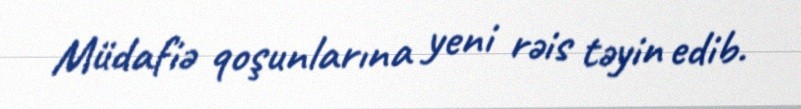
Müdafiə qoşunlarına yeni rəis təyin edib.